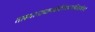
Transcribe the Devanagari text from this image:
तत्स्थानाच्छनकैर्नीत्वाकदाचिज्जाह्नवीजले